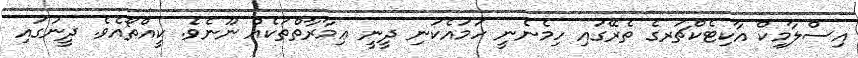
އިސްލާމިކް އާކިޓެކްޗަރގެ ތެރޭގައި ހިމެނެނީ ހަމައެކަނި ދީނީ ޢިމާރާތްތަކެއް ނޫނެވެ. ކީއްތޯއެވެ. ދީނުގައި